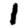
Digit: 1